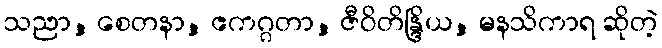
သညာ, စေတနာ, ဧကဂ္ဂတာ, ဇီဝိတိန္ဒြိယ, မနသိကာရ ဆိုတဲ့